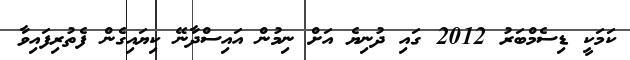
ކަމަކީ ޑިސެމްބަރު 2012 ގައި ދުނިޔެ އަށް ނިމުން އައިސްދާނޭ ކިޔައިގެން ފެތުރިފައިވާ